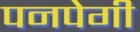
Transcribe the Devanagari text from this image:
पनपेगी